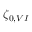
\zeta _ { 0 , V I }